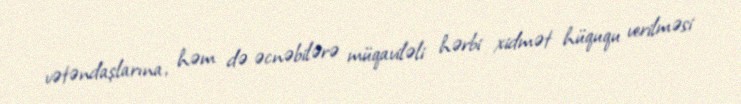
vətəndaşlarına, həm də əcnəbilərə müqaviləli hərbi xidmət hüququ verilməsi